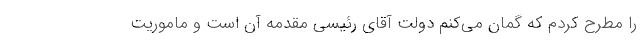
را مطرح کردم که گمان می‌کنم دولت آقای رئیسی مقدمه آن است و ماموریت